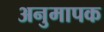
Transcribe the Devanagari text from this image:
अनुमापक